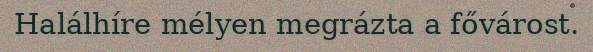
Halálhíre mélyen megrázta a fővárost.